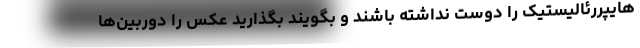
هایپررئالیستیک را دوست نداشته باشند و بگویند بگذارید عکس را دوربین‌ها